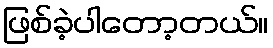
ဖြစ်ခဲ့ပါတော့တယ်။